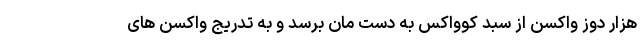
هزار دوز واکسن از سبد کوواکس به دست مان برسد و به تدریج واکسن های